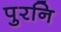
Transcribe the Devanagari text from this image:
पुरनि